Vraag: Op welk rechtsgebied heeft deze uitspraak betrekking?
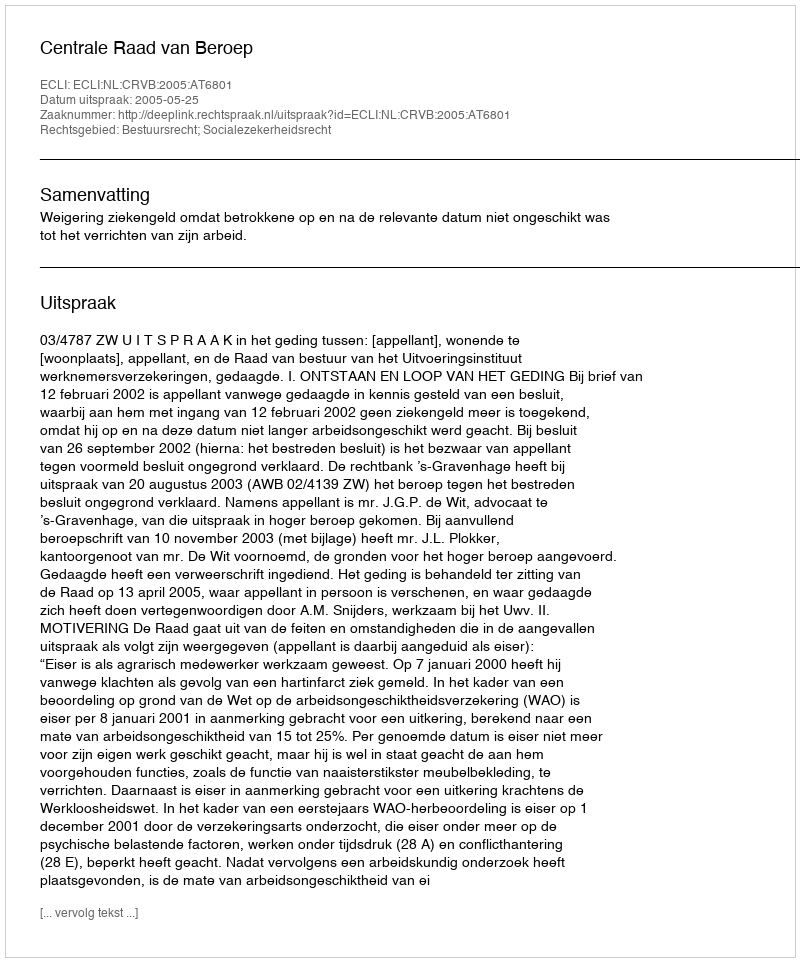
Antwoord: Bestuursrecht; Socialezekerheidsrecht